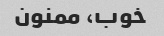
خوب، ممنون